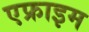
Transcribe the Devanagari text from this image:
एफ्राइम